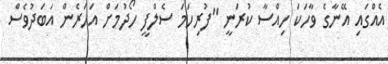
އެއްގައި އޭނާގެ ވާހަކަ ހިއްސާ ކުރަނީ "ފުރިހަމަ ސެލްފީ ހޯދުމަށް އަހަރެން އަބަދުވެސް